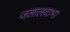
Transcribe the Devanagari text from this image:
जलालदाभा